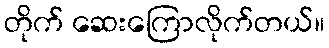
တိုက် ဆေးကြောလိုက်တယ်။